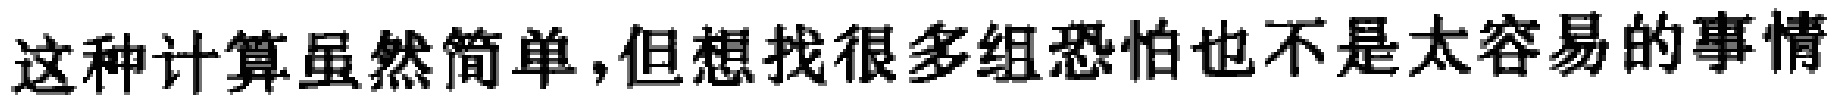
这种计算虽然简单,但想找很多组恐怕也不是太容易的事情